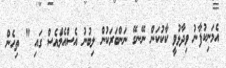
އެމަނިކުފާނު ވިދާޅުވީ ކާކުކަން ނޭނގޭ ނަންބަރަކުން ލިބުނު އެސްއެމްއެސް ގައި " ތިހެން